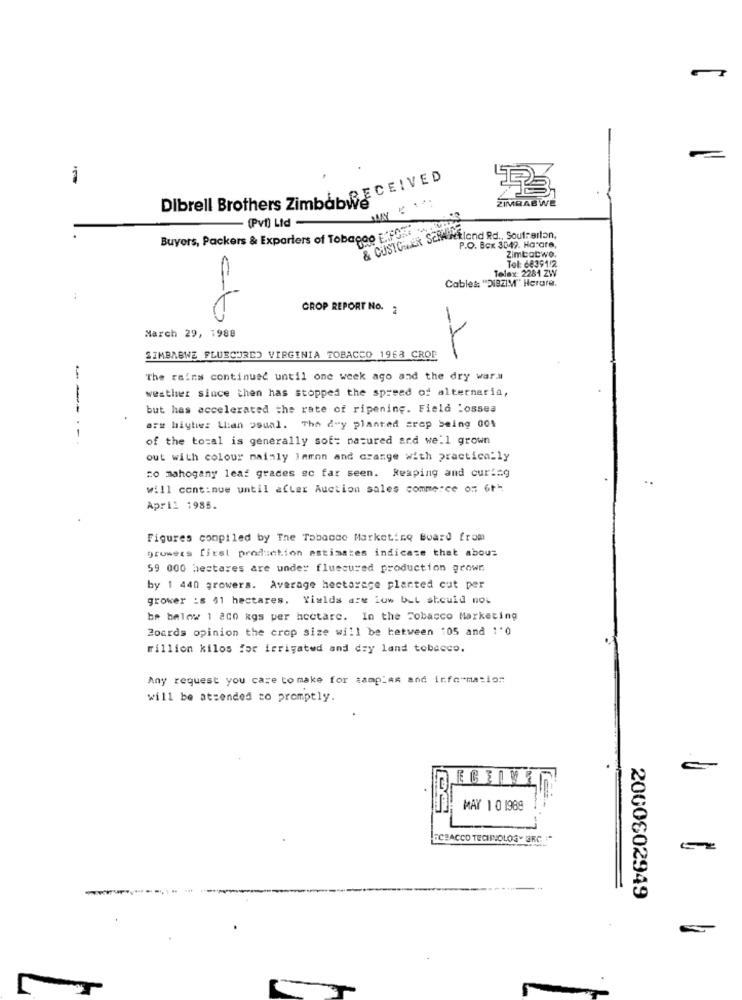
-
Dibrell Brothers ZimbabiR E C E IVED
ZIMBABWE
...
- (Pvt) Ltd -
MY
Buyers, Packers & Exparters of Tobacco .FOR dy
& CUSTOMER Scheunekland Rd ., Soutrertan,
P.O. Box 3049. Harare,
Tel: 66391/2
Zimbabwo.
Telex: 2281 ZW
Cable& "DIBZIM" Herare.
CROP REPORT No. 2
March 29, 1988
ZIMBABWE FLUECURED VIRGINIA TOBACCO 1968 CROF
The rains continued until one week ago and the dry wara
-1:
weather since then has stopped the spread of alternaria,
but has accelerated the rate of ripening. Field :ossea
are higher than usual. The day planted crep being 00%
-----
of the total is generally sof: natured and we'll grown
out with colour mainly Immon and crange with practically
no mahogany leaf grades ec far seen. Reaping and curi=g
will continue until after Auction sales commerce on 6t"
April 1985.
Figures compiled by The Tobacco Marketing Board from
growers first production estimates indicase that abous
59 000 hectares are under fluecured production grown
by 1 440 growers. Average hectarege planted cut per
grower :s 41 hectares. Yields are low but should not
be below 1 aco kgs per hectare. In the Tobacco Marketing
Boards opinion the crop size will be between 105 and 1'0
million kilos for irrigated and dry land tobacco.
Any request you care to make for samples and information
will be atsended to promptly.
ECELULI
MAY 1 0 1989
ECBACCO TECHNOLOGY GRC :
2000602949